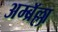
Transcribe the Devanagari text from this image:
अम्ब्रॅल्ला